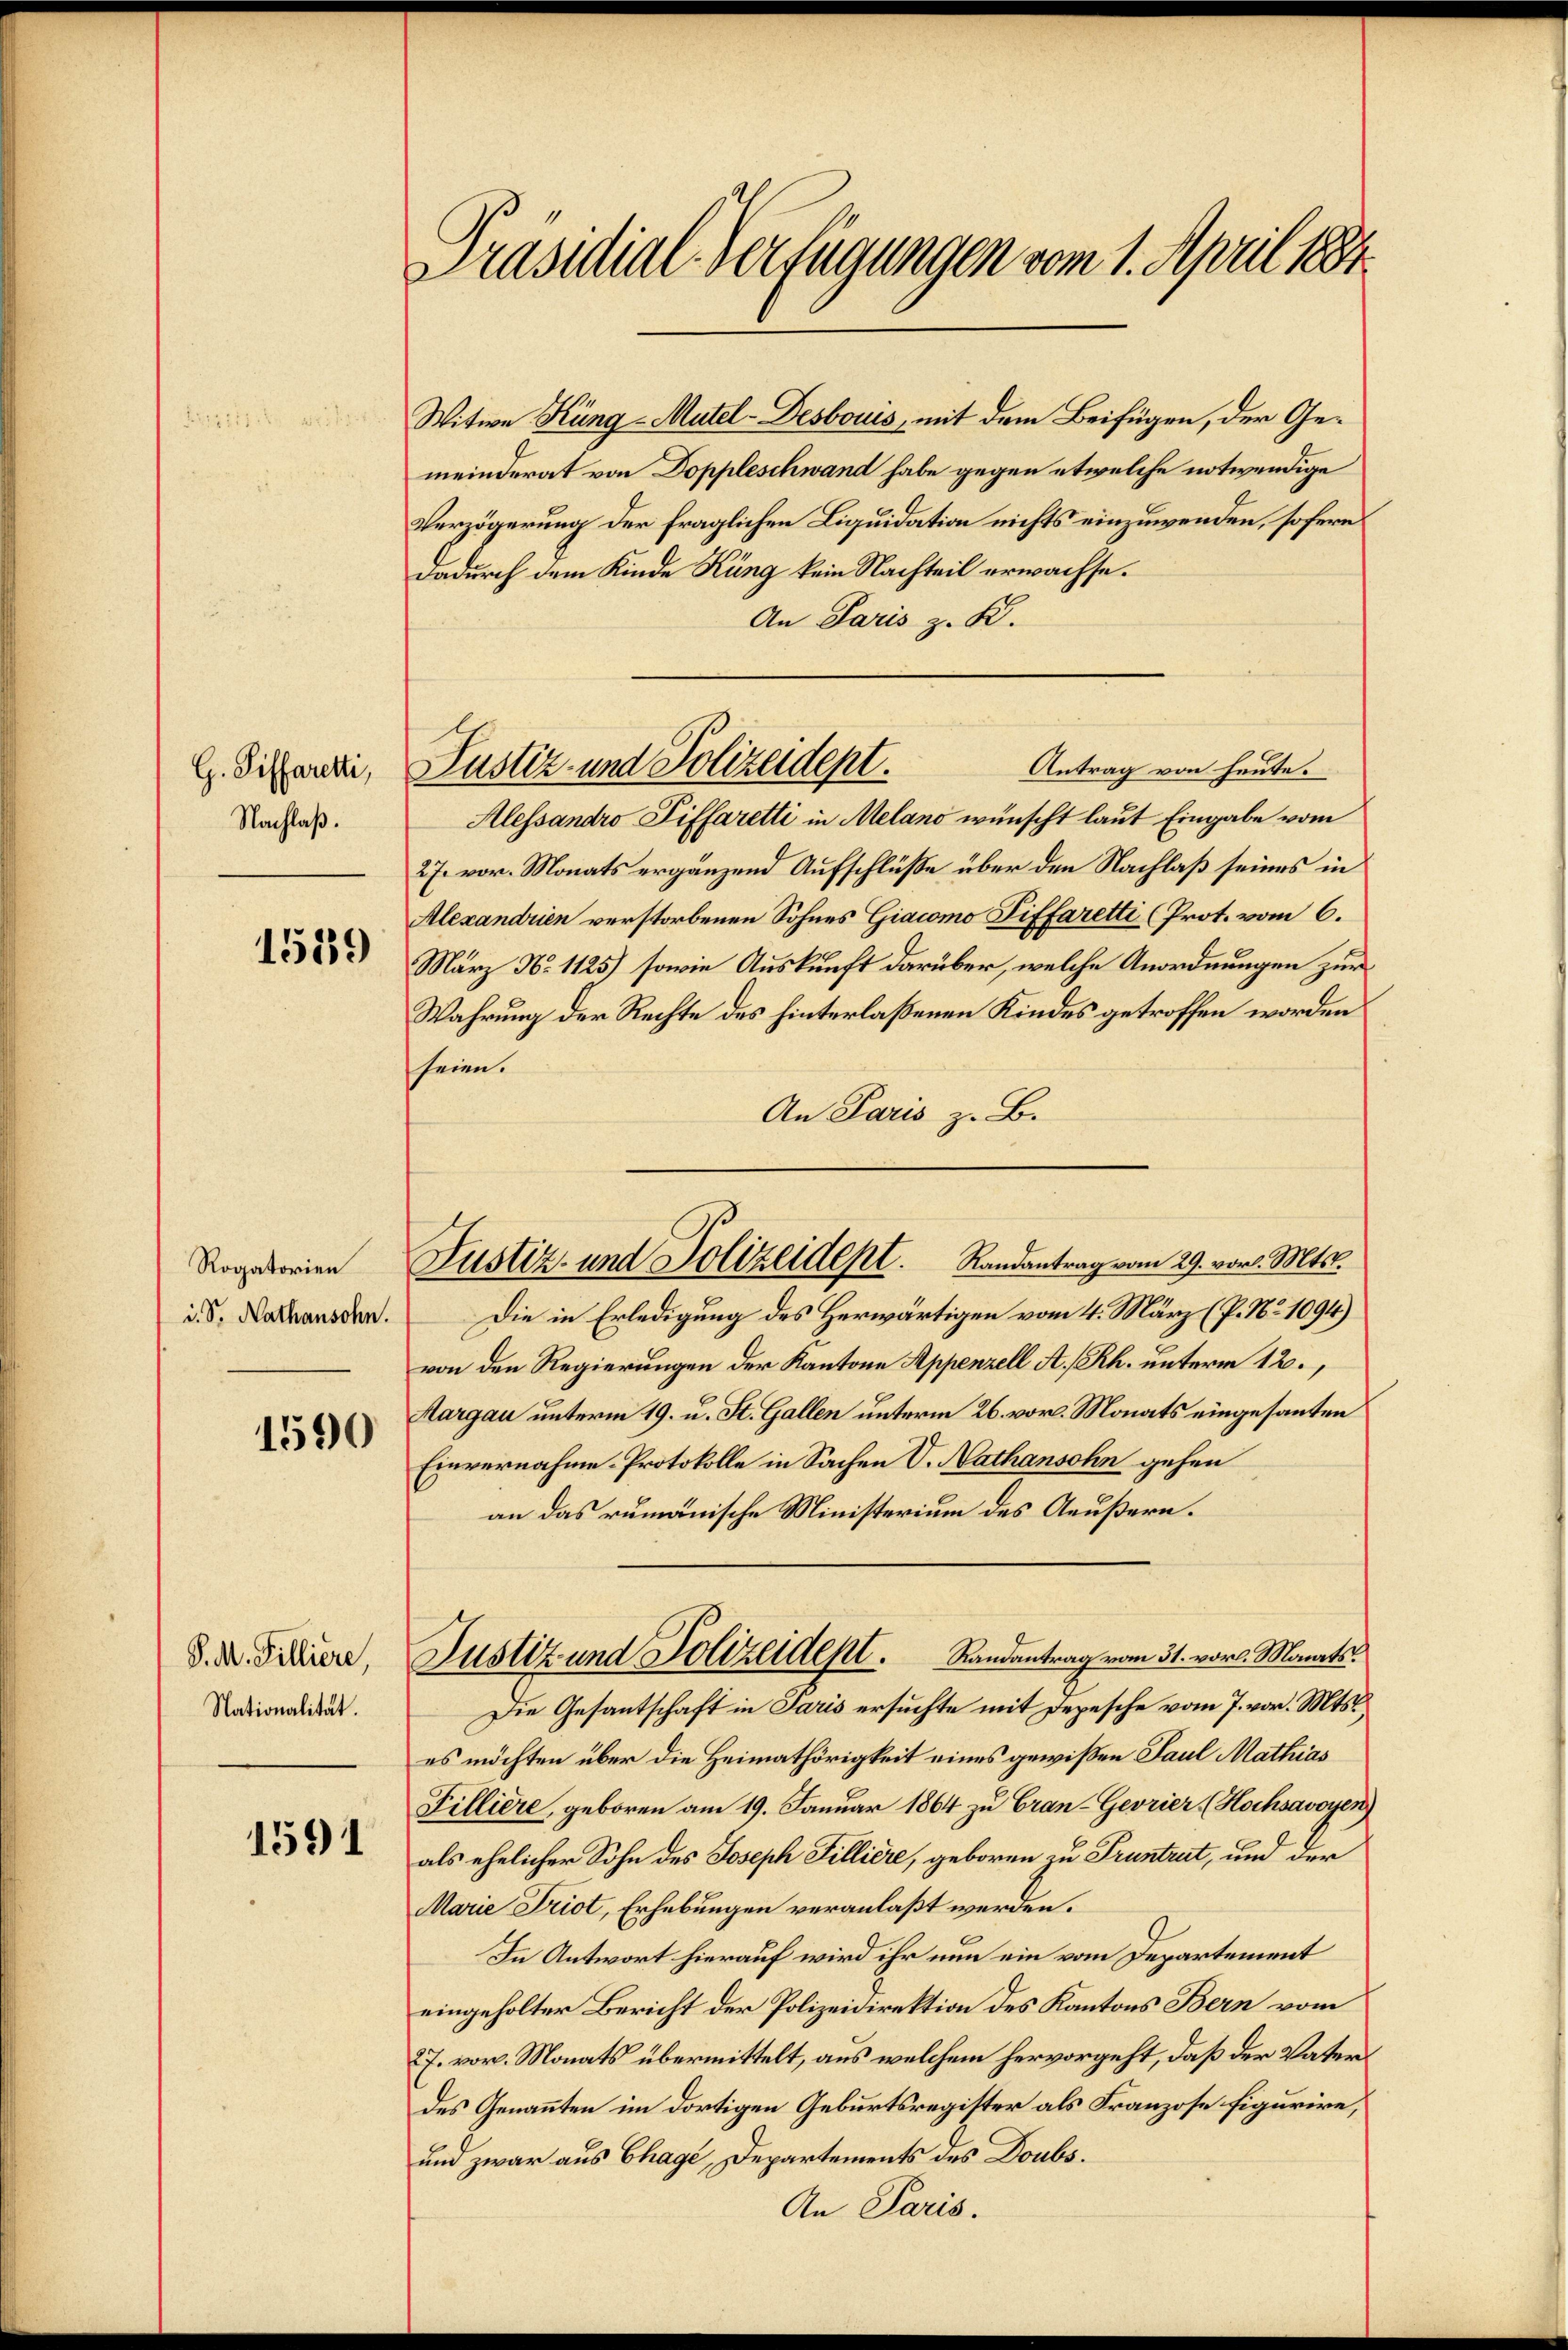
G. Siffaretti,
Nachlaß.

1539

Rogatorien
i. S. Nathansohn.

1590

P. M. Tilliere,
Nationalität.

1591

Präsidial-Verfügungen vom 1. April 1884.

Witwe Küng - Mutel-Desbouis, mit dem Beifügen, der Gemeinderat von Doppleschwand habe gegen etwelche notwendige
Verzögerung der fraglichen Liquidation nichts einzuwenden, sofern
dadurch dem Kinde Küng kein Nachteil erwachse.
An Paris z. K.
Antrag von heute.
Alessandro Diffaretti in Melano wünscht laut Eingabe vom
27. vor. Monats ergänzend Aufschlüße über den Nachlaß seines in
Alexandrien verstorbenen Sohnes Giacomo Piffaretti (Prot. vom 6.
März No 1125) sowie Auskunft darüber, welche Anordnungen zur
Wahrung der Rechte des hinterlaßenen Kindes getroffen worden
seien.
An Paris z. B.
Die in Erledigung des Herwärtigen vom 4. März (P. Nr. 1094)
von den Regierungen der Kantone Appenzell A.-Rh. unterm 12.
Margau unterm 19. u. St. Gallen unterm 26. vor. Monats eingesanten
Einvernahme. Protokolle in Sachen V. Nathansohn gehen
an das rumänische Ministerium des Aeußern.
Justiz und Polizeident. Randantrag vom 31. vorl. Manats.
Die Gesantschaft in Paris ersuchte mit Depesche vom 7. vor. Mts.
es möchten über die Heimathörigkeit eines gewißen Paul Mathias
Filliere, geboren am 19. Januar 1864 zu Cran-Gevrier (Hochsavoyen)
als ehelicher Sohn des Joseph Tilliere, geboren zu Pruntrut, und der
Marie Triot, Erhebungen veranlaßt werden.
In Antwort hierauf wird ihr nun ein vom Departement
eingeholter Bericht der Polizeidirektion des Kantons Bern vom
7. vor. Monats übermittelt, aus welchem hervorgeht, daß der Vaters
des Genannten im dortigen Geburtsregister als Franzose figurire,
und zwar aus Chagé, Departements des Doubs.

Pustiz- und Polizeidept.

Justiz- und Polizeidept. Randantrag vom 29. vor. Mts.